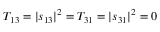
T _ { 1 3 } = | s _ { 1 3 } | ^ { 2 } = T _ { 3 1 } = | s _ { 3 1 } | ^ { 2 } = 0